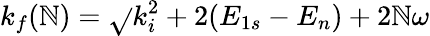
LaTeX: k_{f}(\mathbb{N})=\sqrt{}{{k_{i}^{2}+2(E_{1s}-E_{n})+2\mathbb{N}\omega}}